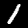
Digit: 1